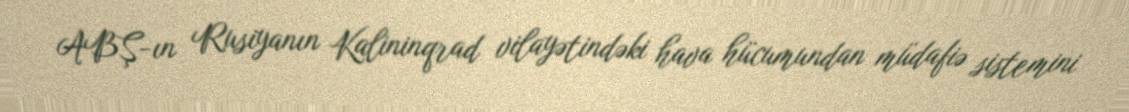
ABŞ-ın Rusiyanın Kalininqrad vilayətindəki hava hücumundan müdafiə sistemini